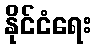
နိုင်ငံရေး